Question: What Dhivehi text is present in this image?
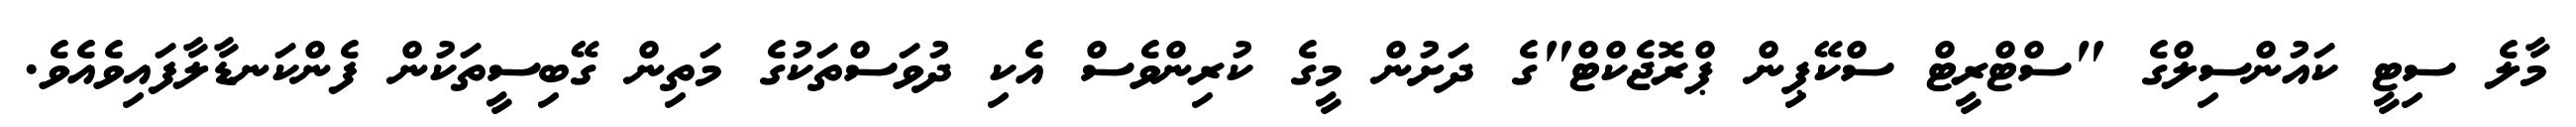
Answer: މާލެ ސިޓީ ކައުންސިލްގެ "ސްޓްރީޓް ސްކޭޕިން ޕްރޮޖެކްޓް"ގެ ދަށުން މީގެ ކުރިންވެސް އެކި ދުވަސްތަކުގެ މަތިން ގޭބިސީތަކުން ފެންކަނޑާލާފައިވެއެވެ.